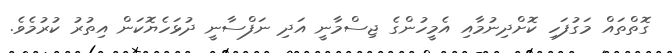
ގޮތްތައް މަގުފަހި ކޮށްދިނުމާއި އެމީހުންގެ ޖިސްމާނީ އަދި ނަފްސާނީ ދުޅަހެޔޮކަން އިތުރު ކުރުމެވެ.